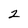
Character: 2